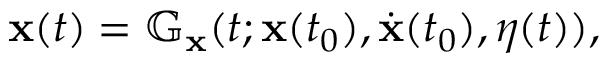
\begin{array} { r } { \mathbf { x } ( t ) = \mathbb G _ { \mathbf { x } } ( t ; \mathbf { x } ( t _ { 0 } ) , \dot { \mathbf { x } } ( t _ { 0 } ) , \eta ( t ) ) , } \end{array}